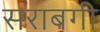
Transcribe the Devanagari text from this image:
सराबगी